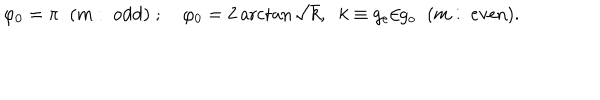
\varphi _ { 0 } = \pi \; \; ( m : \ \mathrm { o d d } ) \; ; \quad \varphi _ { 0 } = 2 \operatorname { a r c t a n } \sqrt { k } , \; \; k \equiv g _ { e } / { g _ { o } } \; \; ( m : \ \mathrm { e v e n } ) .